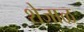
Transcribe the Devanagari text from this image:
शेजाळ